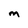
Character: M